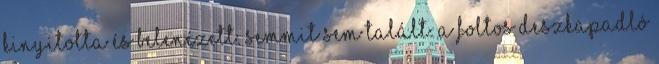
Kinyitotta és belenézett. Semmit sem talált. A foltos deszkapadló